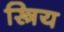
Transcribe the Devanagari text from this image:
स्त्रिय